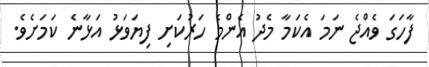
ފާހަގަ ވެއްޖެ ނަމަ އެކަމާ މެދު އެންމެ ހަރުކަށި ފިޔަވަޅު އަޅާނެ ކަމަށެވެ.